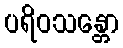
ပရိဝသန္တော